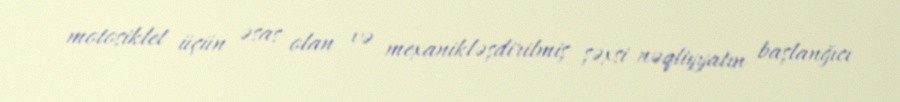
motosiklet üçün əsas olan və mexanikləşdirilmiş şəxsi nəqliyyatın başlanğıcı